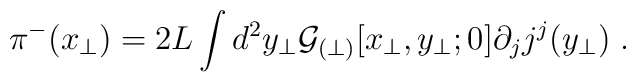
\pi^{-}(x_\perp) = 2L\int d^2y_\perp {\cal G}_{(\perp)}[x_\perp, y_\perp; 0]\partial_j j^j(y_\perp) \;.